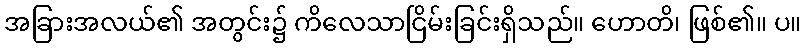
အခြားအလယ်၏ အတွင်း၌ ကိလေသာငြိမ်းခြင်းရှိသည်။ ဟောတိ၊ ဖြစ်၏။ ပ။